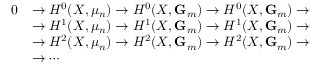
{ \begin{array} { r l } { 0 } & { \to H ^ { 0 } ( X , \mu _ { n } ) \to H ^ { 0 } ( X , \mathbf { G } _ { m } ) \to H ^ { 0 } ( X , \mathbf { G } _ { m } ) \to } \\ & { \to H ^ { 1 } ( X , \mu _ { n } ) \to H ^ { 1 } ( X , \mathbf { G } _ { m } ) \to H ^ { 1 } ( X , \mathbf { G } _ { m } ) \to } \\ & { \to H ^ { 2 } ( X , \mu _ { n } ) \to H ^ { 2 } ( X , \mathbf { G } _ { m } ) \to H ^ { 2 } ( X , \mathbf { G } _ { m } ) \to } \\ & { \to \cdots } \end{array} }